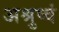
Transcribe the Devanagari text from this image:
अश्रुष्वं